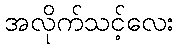
အလိုက်သင့်လေး